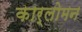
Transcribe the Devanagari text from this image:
कार्लोमन